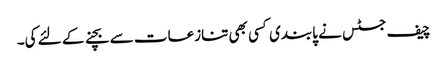
چیف جسٹس نے پابندی کسی بھی تنازعات سے بچنے کے لئے کی۔